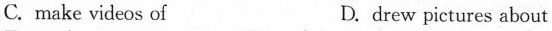
C.make videos of D. drew pictures about